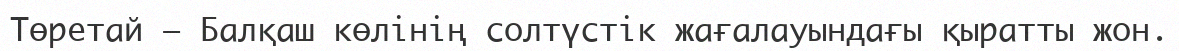
Төретай – Балқаш көлінің солтүстік жағалауындағы қыратты жон.